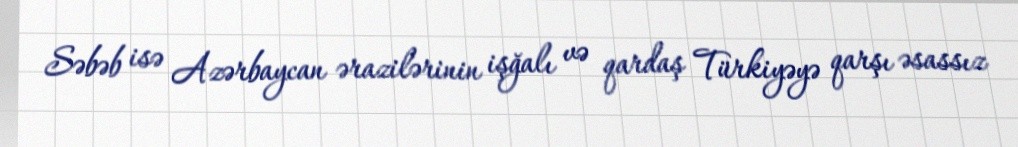
Səbəb isə Azərbaycan ərazilərinin işğalı və qardaş Türkiyəyə qarşı əsassız